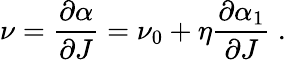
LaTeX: \nu={\frac{\partial\alpha}{\partial J}}=\nu_{0}+\eta{\frac{\partial\alpha_{1}}{\partial J}}~.